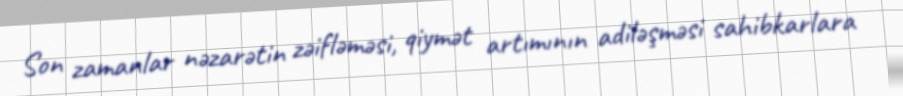
Son zamanlar nəzarətin zəifləməsi, qiymət artımının adiləşməsi sahibkarlara